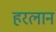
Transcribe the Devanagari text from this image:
हरलान